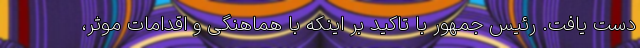
دست یافت. رئیس جمهور با تاکید بر اینکه با هماهنگی و اقدامات موثر،